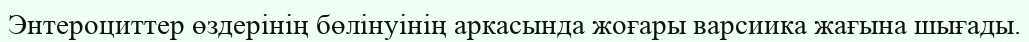
Энтероциттер өздерінің бөлінуінің аркасында жоғары варсиика жағына шығады.